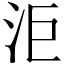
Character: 洰